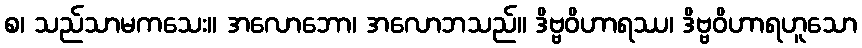
စ၊ သည်သာမကသေး။ အလောဘော၊ အလောဘသည်။ ဒိဗ္ဗဝိဟာရဿ၊ ဒိဗ္ဗဝိဟာရဟူသော